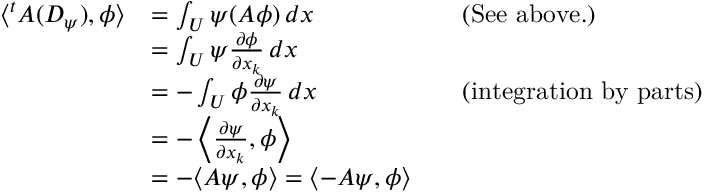
{ \begin{array} { r l r l } { \langle ^ { t } A ( D _ { \psi } ) , \phi \rangle } & { = \int _ { U } \psi ( A \phi ) \, d x } & & { { \mathrm { ( S e e ~ a b o v e . ) } } } \\ & { = \int _ { U } \psi { \frac { \partial \phi } { \partial x _ { k } } } \, d x } \\ & { = - \int _ { U } \phi { \frac { \partial \psi } { \partial x _ { k } } } \, d x } & & { { \mathrm { ( i n t e g r a t i o n ~ b y ~ p a r t s ) } } } \\ & { = - \left\langle { \frac { \partial \psi } { \partial x _ { k } } } , \phi \right\rangle } \\ & { = - \langle A \psi , \phi \rangle = \langle - A \psi , \phi \rangle } \end{array} }